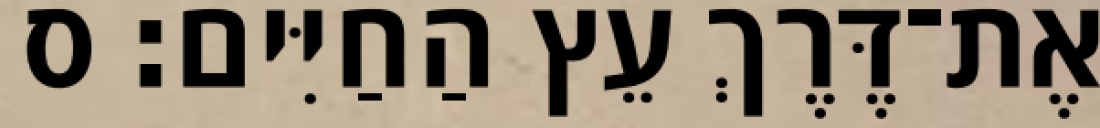
אֶת־דֶּרֶךְ עֵץ הַחַיִּים׃ ס